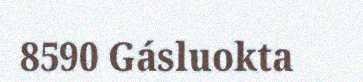
8590 Gásluokta